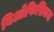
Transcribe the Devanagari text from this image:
बिओफिसिकल